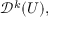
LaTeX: { \mathcal { D } } ^ { k } ( U ) ,